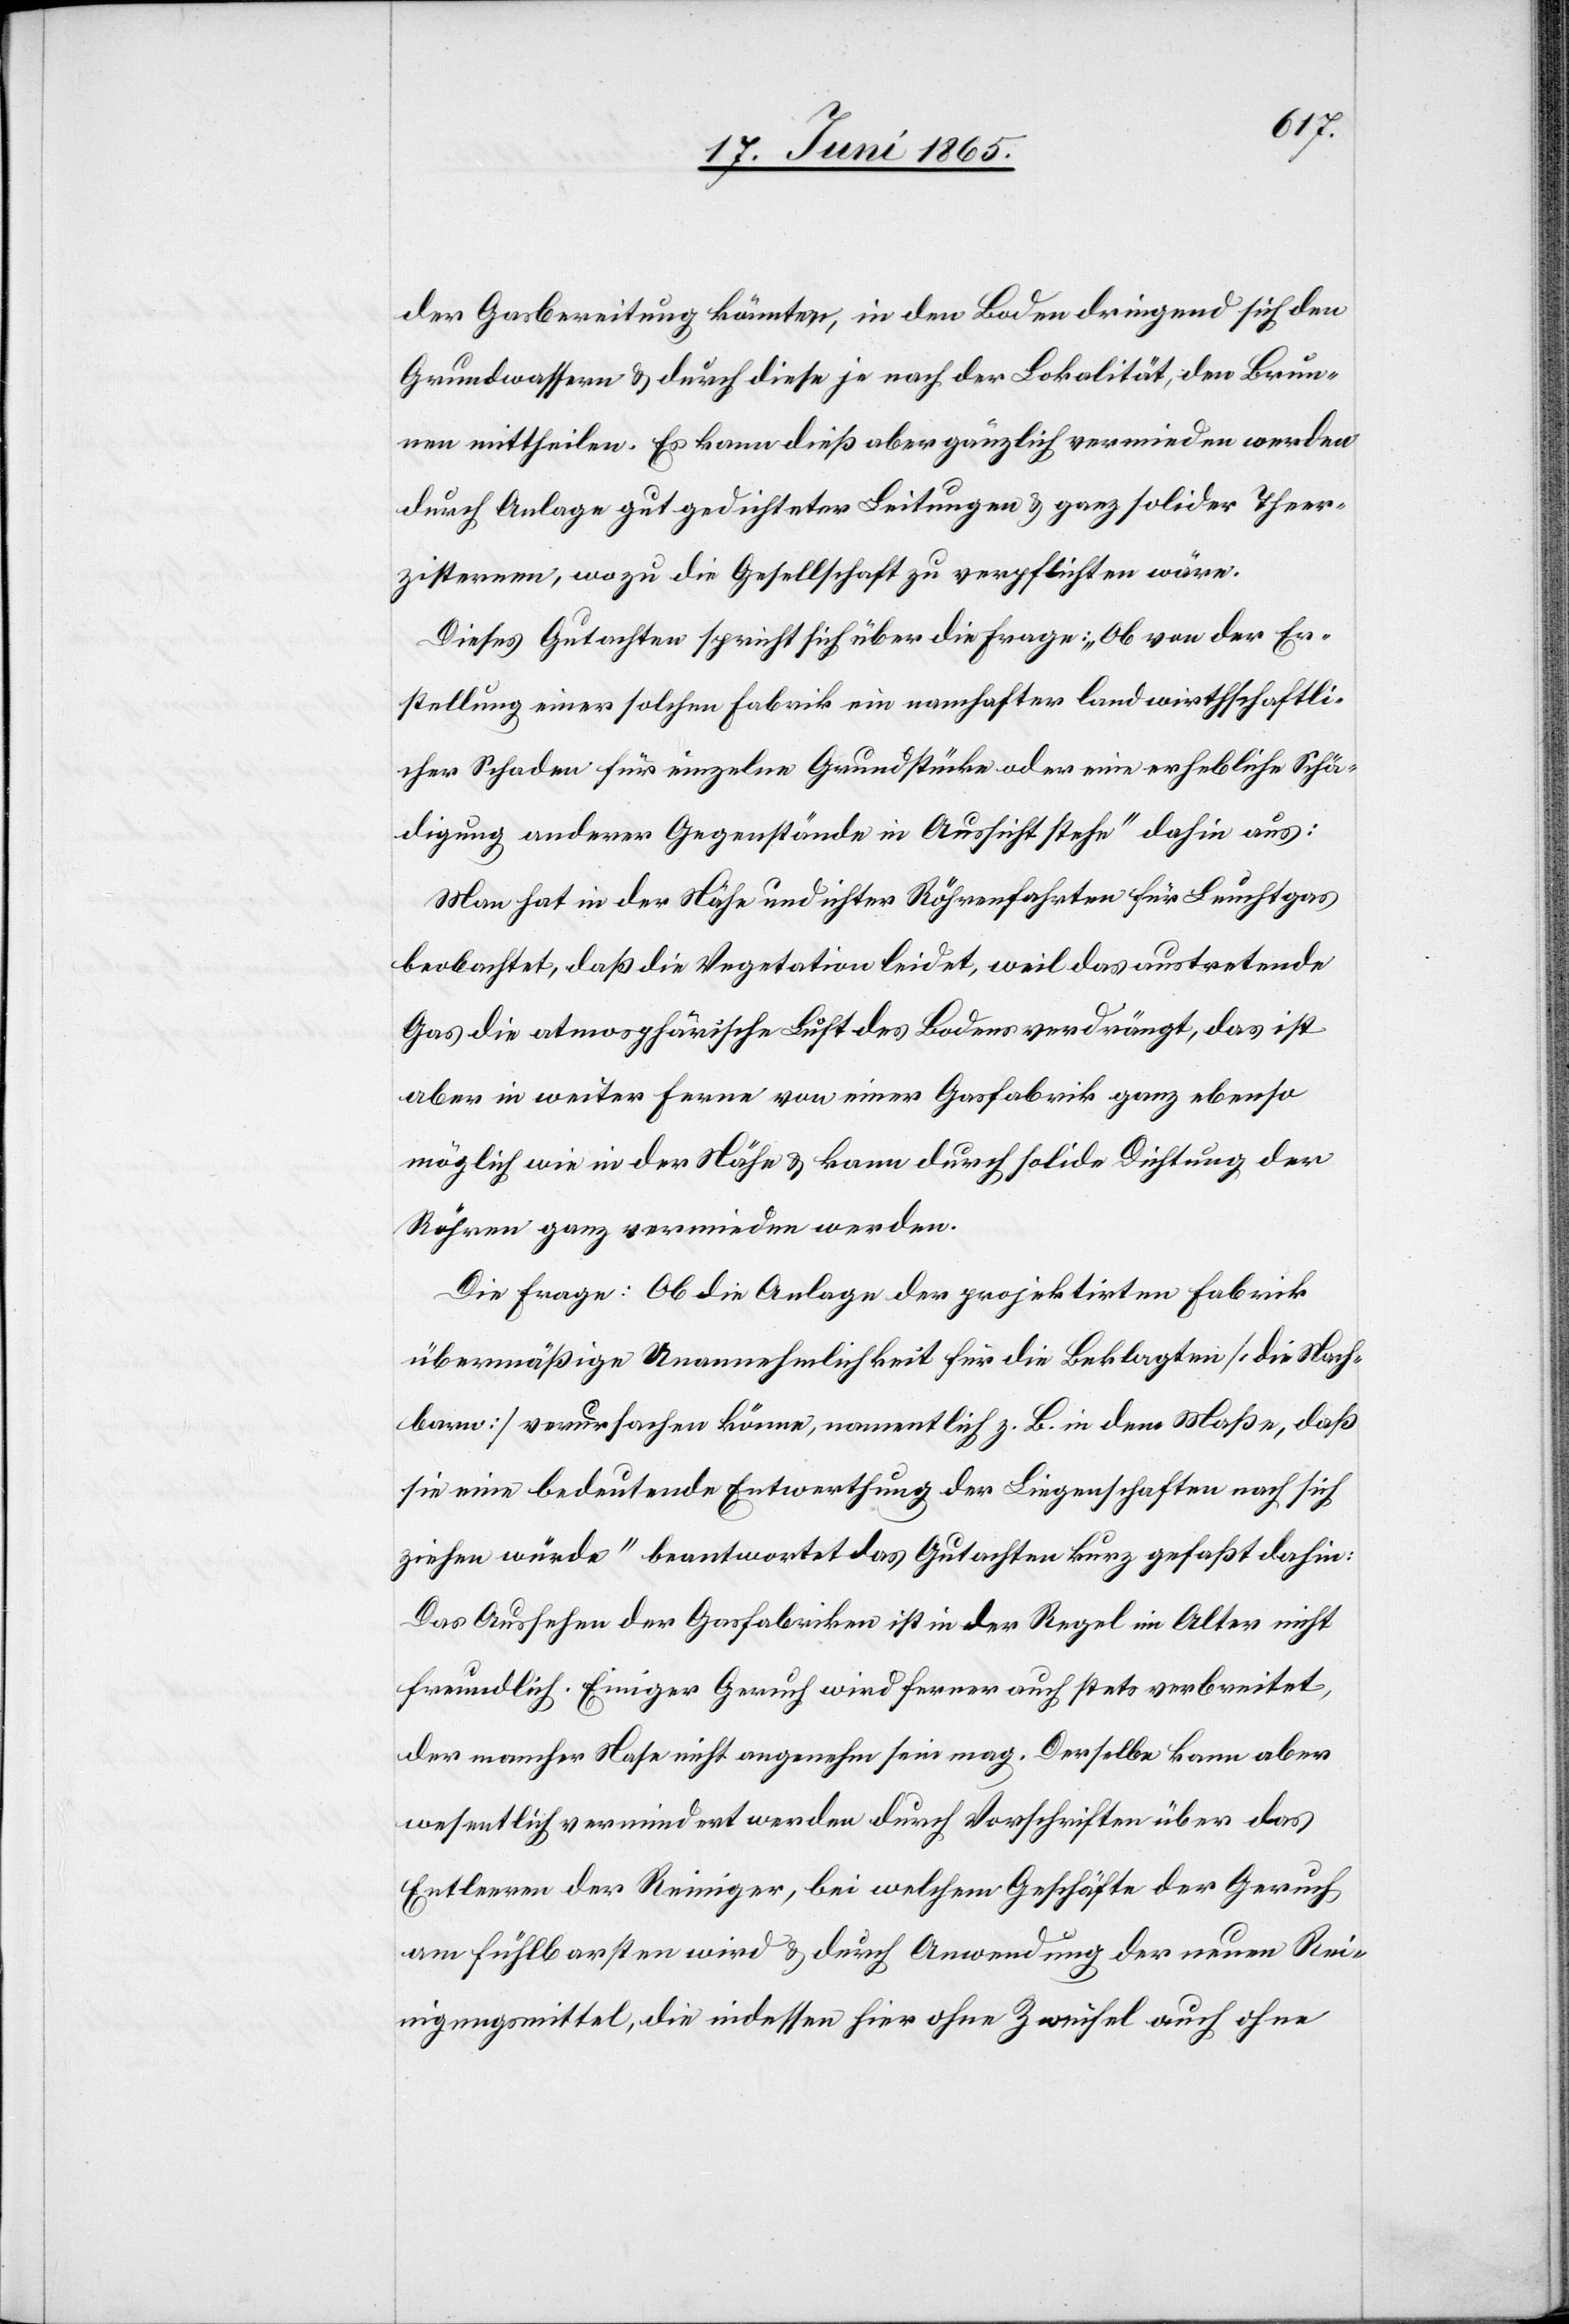
der Gasbereitung könnten, in den Boden dringend sich den
Grundwassern & durch diese je nach der Lokalität, den Brun¬
nen mittheilen. Es kann dieß aber gänzlich vermieden werden
durch Anlage gut gedichteter Leitungen & ganz solider Theer¬
zisternen, wozu die Gesellschaft zu verpflichten wäre.
Dieses Gutachten spricht sich über die Frage: „Ob von der Er¬
stellung einer solchen Fabrik ein namhafter landwirthschaftli¬
cher Schaden für einzelne Grundstücke oder eine erhebliche Schä¬
digung anderer Gegenstände in Aussicht stehe“ dahin aus:
Man hat in der Nähe undichter Röhrenfahrten für Leuchtgas
beobachtet, daß die Vegetation leidet, weil das austretende
Gas die atmosphärische Luft des Bodens verdrängt, das ist
aber in weiter Ferne von einer Gasfabrik ganz ebenso
möglich wie in der Nähe & kann durch solide Dichtung der
Röhren ganz vermieden werden.
Die Frage: [„]Ob die Anlage der projektirten Fabrik
übermäßige Unannehmlichkeit für die Beklagten [die Nach¬
barn] verursachen könne, namentlich z. B. in dem Maße, daß
sie eine bedeutende Entwerthung der Liegenschaften nach sich
ziehen würde“ beantwortet das Gutachten kurz gefaßt dahin:
Das Aussehen der Gasfabriken ist in der Regel im Alter nicht
freundlich. Einiger Geruch wird ferner auch stets verbreitet,
der mancher Nase nicht angenehm sein mag. Derselbe kann aber
wesentlich vermindert werden durch Vorschriften über das
Entleeren der Reiniger, bei welchem Geschäfte der Geruch
am fühlbarsten wird & durch Anwendung der neuen Rei¬
nigungsmittel, die indessen hier ohne Zweifel auch ohne